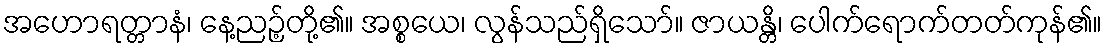
အဟောရတ္တာနံ၊ နေ့ညဉ့်တို့၏။ အစ္စယေ၊ လွန်သည်ရှိသော်။ ဇာယန္တိ၊ ပေါက်ရောက်တတ်ကုန်၏။